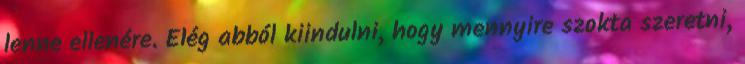
lenne ellenére. Elég abból kiindulni, hogy mennyire szokta szeretni,